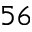
^ { 5 6 }